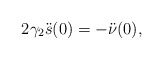
\begin{align*}2\gamma_2\ddot s(0) = -\ddot{\nu}(0),\end{align*}